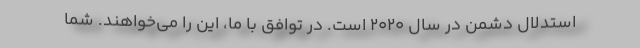
استدلال دشمن در سال ۲۰۲۰ است. در توافق با ما، این را می‌خواهند. شما